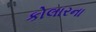
કોલારના